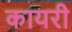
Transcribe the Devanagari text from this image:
कायरी